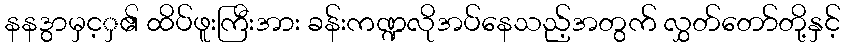
နနဒွာမှင့ှ၏ ထိပ်ဖူးကြီးအား ခန်းကဏ္ဍလိုအပ်နေသည့်အတွက် လွှတ်တော်တို့နှင့်